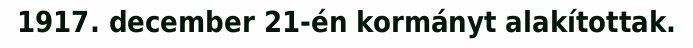
1917. december 21-én kormányt alakítottak.